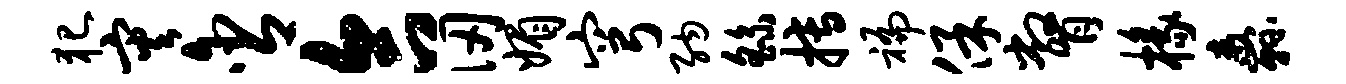
犯灾含合仞媚穹纳繇搏褊保瞥椽纛